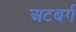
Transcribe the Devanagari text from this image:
अटबर्ग